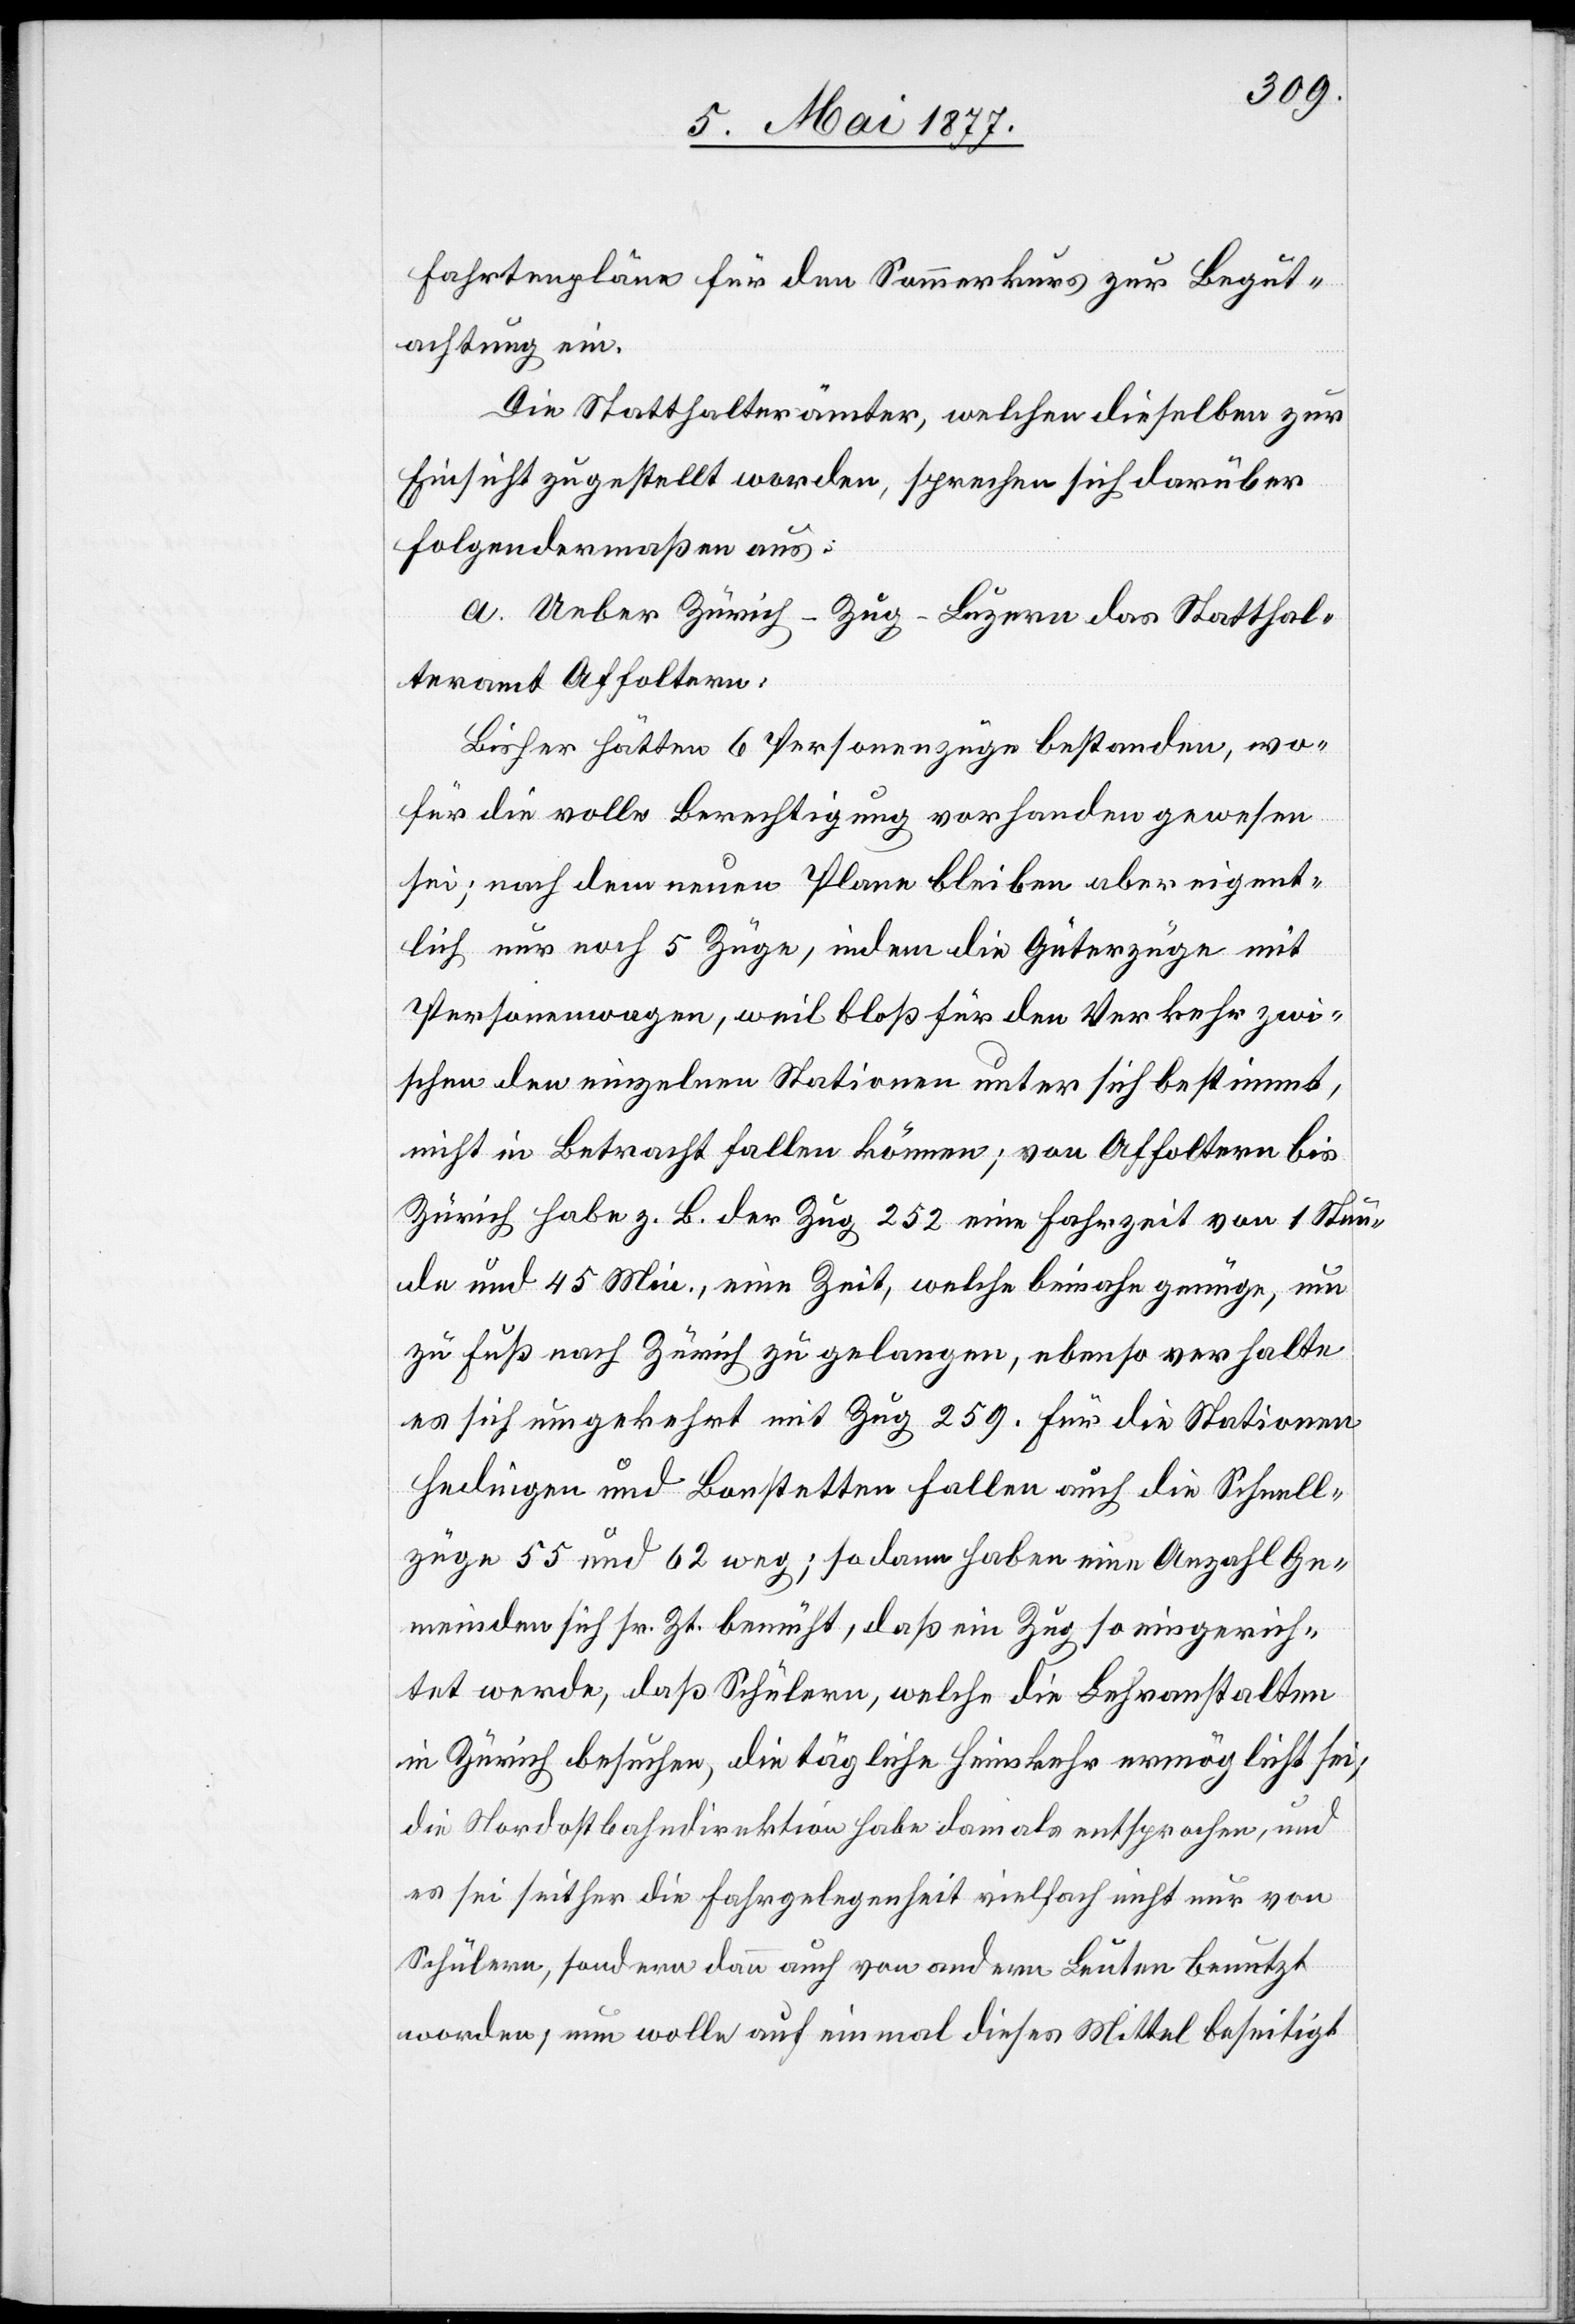
Fahrtenpläne für den Sommerkurs zur Begut¬
achtung ein.
Die Statthalterämter, welchen dieselben zur
Einsicht zugestellt worden, sprechen sich darüber
folgendermaßen aus:
a. Ueber Zürich–Zug–Luzern das Statthal¬
teramt Affoltern:
Bisher hätten 6 Personenzüge bestanden, wo¬
für die volle Berechtigung vorhanden gewesen
sei; nach dem neuen Plane bleiben aber eigent¬
lich nur noch 5 Züge, indem die Güterzüge mit
Personenwagen, weil bloß für den Verkehr zwi¬
schen den einzelnen Stationen unter sich bestimmt,
nicht in Betracht fallen können; von Affoltern bis
Zürich habe z. B. der Zug 252 eine Fahrzeit von 1 Stun¬
de und 45 Min., eine Zeit, welche beinahe genüge, um
zu Fuß nach Zürich zu gelangen, ebenso verhalte
es sich umgekehrt mit Zug 259. Für die Stationen
Hedingen und Bonstetten fallen auch die Schnell¬
züge 55 und 62 weg; sodann haben eine Anzahl Ge¬
meinden sich sr. Zt. bemüht, daß ein Zug so eingerich¬
tet werde, daß Schülern, welche die Lehranstalten
in Zürich besuchen, die tägliche Heimkehr ermöglicht sei;
die Nordostbahndirektion habe damals entsprochen, und
es sei seither die Fahrgelegenheit vielfach nicht nur von
Schülern, sondern dann auch von andern Leuten benutzt
worden; nun wolle auf einmal dieses Mittel beseitigt